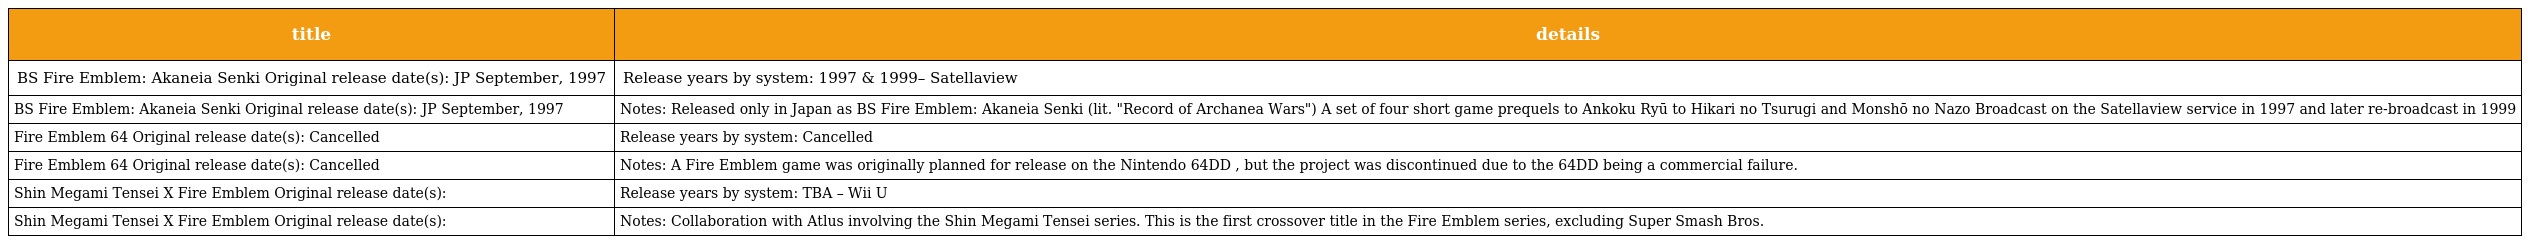
| title | details |
 | --- | --- |
 | BS Fire Emblem: Akaneia Senki Original release date(s): JP September, 1997 | Release years by system: 1997 & 1999– Satellaview |
 | BS Fire Emblem: Akaneia Senki Original release date(s): JP September, 1997 | Notes: Released only in Japan as BS Fire Emblem: Akaneia Senki (lit. "Record of Archanea Wars") A set of four short game prequels to Ankoku Ryū to Hikari no Tsurugi and Monshō no Nazo Broadcast on the Satellaview service in 1997 and later re-broadcast in 1999 |
 | Fire Emblem 64 Original release date(s): Cancelled | Release years by system: Cancelled |
 | Fire Emblem 64 Original release date(s): Cancelled | Notes: A Fire Emblem game was originally planned for release on the Nintendo 64DD , but the project was discontinued due to the 64DD being a commercial failure. |
 | Shin Megami Tensei X Fire Emblem Original release date(s): | Release years by system: TBA – Wii U |
 | Shin Megami Tensei X Fire Emblem Original release date(s): | Notes: Collaboration with Atlus involving the Shin Megami Tensei series. This is the first crossover title in the Fire Emblem series, excluding Super Smash Bros. |